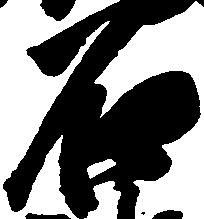
石